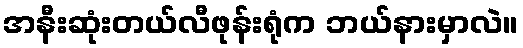
အနီးဆုံးတယ်လီဖုန်းရုံက ဘယ်နားမှာလဲ။